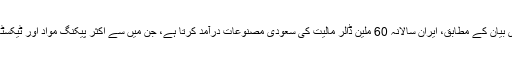
ایک سرکاری بیان کے مطابق، ایران سالانہ 60 ملین ڈالر مالیت کی سعودی مصنوعات درآمد کرتا ہے، جن میں سے اکثر پیکنگ مواد اور ٹیکسٹائل ہوتی ہیں۔